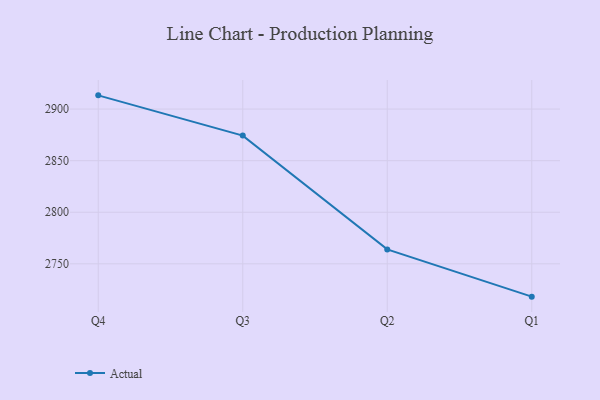
{"axis": {"x": "Quarter", "y": "Headcount"}, "legend": ["Actual"], "data": [{"x": "Q4", "y": 2913.3, "type": "Actual"}, {"x": "Q3", "y": 2874.3, "type": "Actual"}, {"x": "Q2", "y": 2764.0, "type": "Actual"}, {"x": "Q1", "y": 2718.2, "type": "Actual"}]}